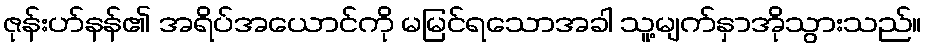
ဇုန်းဟ်နန်၏ အရိပ်အယောင်ကို မမြင်ရသောအခါ သူ့မျက်နှာအိုသွားသည်။